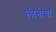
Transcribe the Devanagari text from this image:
लीनीया